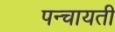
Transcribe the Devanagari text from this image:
पन्चायती